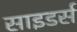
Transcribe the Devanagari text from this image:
साइडर्स